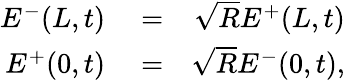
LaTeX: \begin{array}{rlr}{E^{-}(L,t)}&{{}=}&{\sqrt{R}E^{+}(L,t)}\\ {E^{+}(0,t)}&{{}=}&{\sqrt{R}E^{-}(0,t),}\end{array}